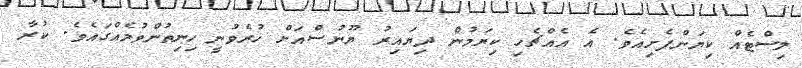
ލިސްޓެއް ކިޔަންފެށިއެވެ. އެ އެއްޗެހި ކިޔަމުން ދިޔައިރު ޔޫނުސްއަށް ހުރެވުނީ ހިނިތުންވުމެއްގައެވެ. ކުރާ